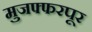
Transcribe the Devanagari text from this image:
मुजफ्फरपूर